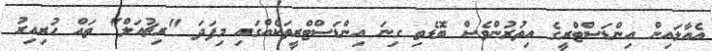
އެއާލައިން އިންޑަސްޓްރީގެ އިތުރުންވެސް ބޮޑެތި ގިނަ އިންޑަސްޓްރީތަކެއްގައި މިފަދަ "ރިޗުއަލް" ތައް ހުރިއިރު